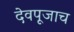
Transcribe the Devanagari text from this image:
देवपूजाच